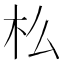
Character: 𣏈